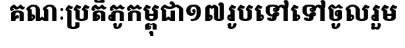
គណៈប្រតិភូកម្ពុជា១៧រូបទៅទៅចូលរួម